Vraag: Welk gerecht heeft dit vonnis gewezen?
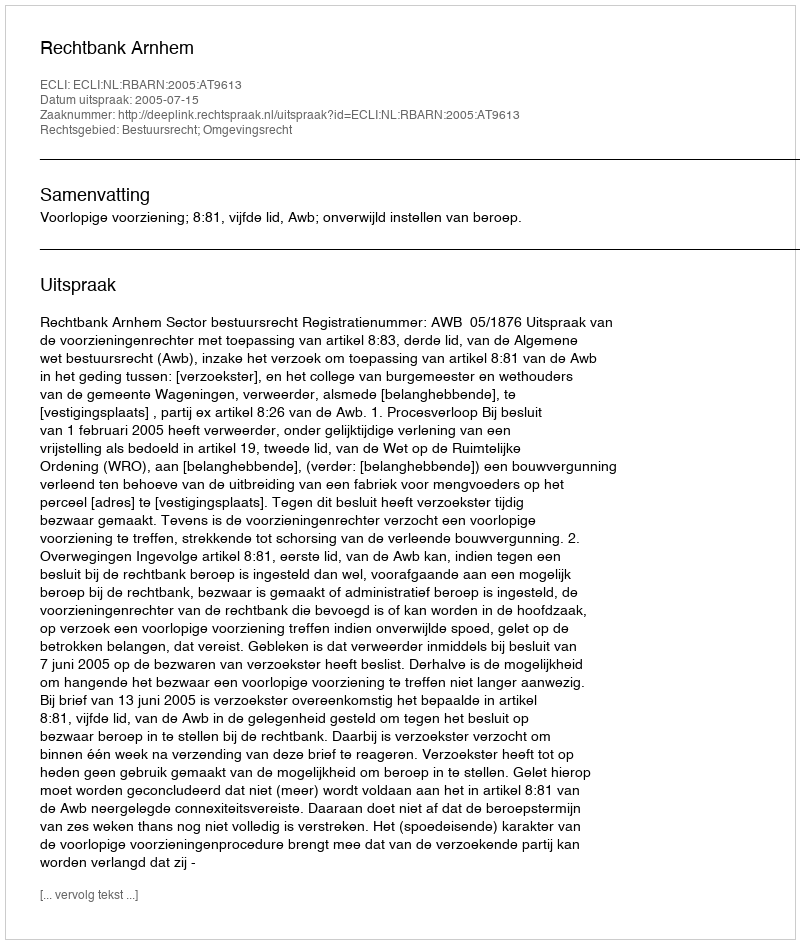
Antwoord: Rechtbank Arnhem